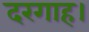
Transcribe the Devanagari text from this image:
दरगाह।